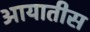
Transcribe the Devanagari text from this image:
आयातीस